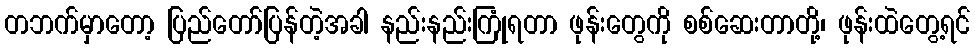
တဘက်မှာတော့ ပြည်တော်ပြန်တဲ့အခါ နည်းနည်းကြုံရတာ ဖုန်းတွေကို စစ်ဆေးတာတို့၊ ဖုန်းထဲတွေ့ရင်